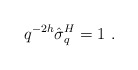
\begin{align*}q^{-2h}\hat{\sigma}_{q}^{H}=1\,\,. \end{align*}